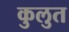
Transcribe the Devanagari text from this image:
कुलुत